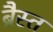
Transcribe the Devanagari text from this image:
ब्रैस्त